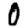
Digit: 0